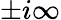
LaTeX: \pm i\infty